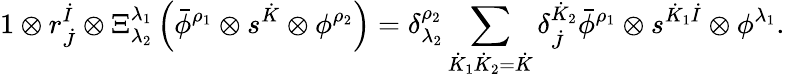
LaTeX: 1\otimes r_{\dot{J}}^{\dot{I}}\otimes\Xi_{\lambda_{2}}^{\lambda_{1}}\left(\bar{\phi}^{\rho_{1}}\otimes s^{\dot{K}}\otimes\phi^{\rho_{2}}\right)=\delta_{\lambda_{2}}^{\rho_{2}}\sum_{\dot{K}_{1}\dot{K}_{2}=\dot{K}}\delta_{\dot{J}}^{\dot{K}_{2}}\bar{\phi}^{\rho_{1}}\otimes s^{\dot{K}_{1}\dot{I}}\otimes\phi^{\lambda_{1}}.